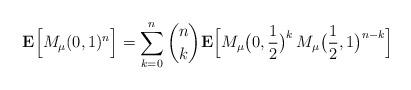
LaTeX: \begin{align*}{\bf E}\Bigl[M_\mu(0,1)^n\Bigr] = \sum\limits_{k=0}^n \binom{n}{k} {\bf E}\Bigl[M_\mu\bigl(0,\frac{1}{2}\bigr)^{k}\,M_\mu\bigl(\frac{1}{2}, 1\bigr)^{n-k}\Bigr]\end{align*}